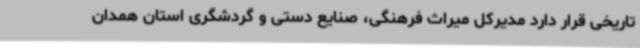
تاریخی قرار دارد مدیرکل میراث فرهنگی، صنایع دستی و گردشگری استان همدان